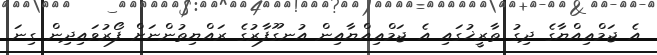
އެ ޖަމްޢިއްޔާގެ ދިގު ތާރީޚުގައި އެ ޖަމްޢިއްޔާއިން އުނގޫފާރުގެ ރައްޔިތުންނަށް ފޯރުވައިދިން ގިނަ